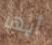
أيها